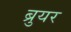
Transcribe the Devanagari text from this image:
ब्रुयर